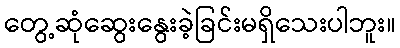
တွေ့ဆုံဆွေးနွေးခဲ့ခြင်းမရှိသေးပါဘူး။